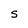
Character: S